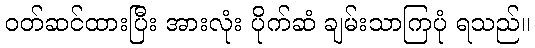
ဝတ်ဆင်ထားပြီး အားလုံး ပိုက်ဆံ ချမ်းသာကြပုံ ရသည်။